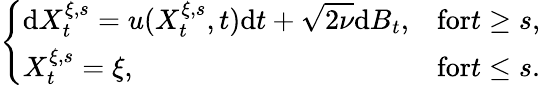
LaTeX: \left\{ \begin{array}{ll}{\textrm{d}X_{t}^{\xi,s}=u(X_{t}^{\xi,s},t)\textrm{d}t+\sqrt{2\nu}\textrm{d}B_{t},}&{\textrm{for}t\geq s,}\\ {X_{t}^{\xi,s}=\xi,}&{\textrm{for}t\leq s.}\end{array}\right.